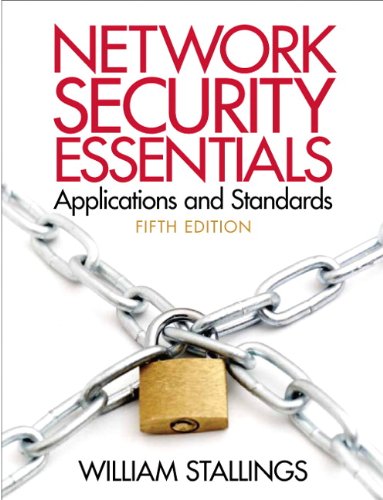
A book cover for Network Security Essentials Applications and Standards (5th Edition); William Stallings; Computers & Technology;